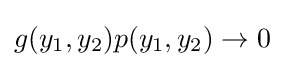
g(y_{1},y_{2})p(y_{1},y_{2})\rightarrow 0